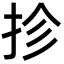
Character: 抮